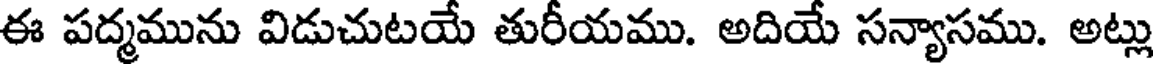
ఈ పద్మమును విడుచుటయే తురీయము. అదియే సన్యాసము. అట్లు